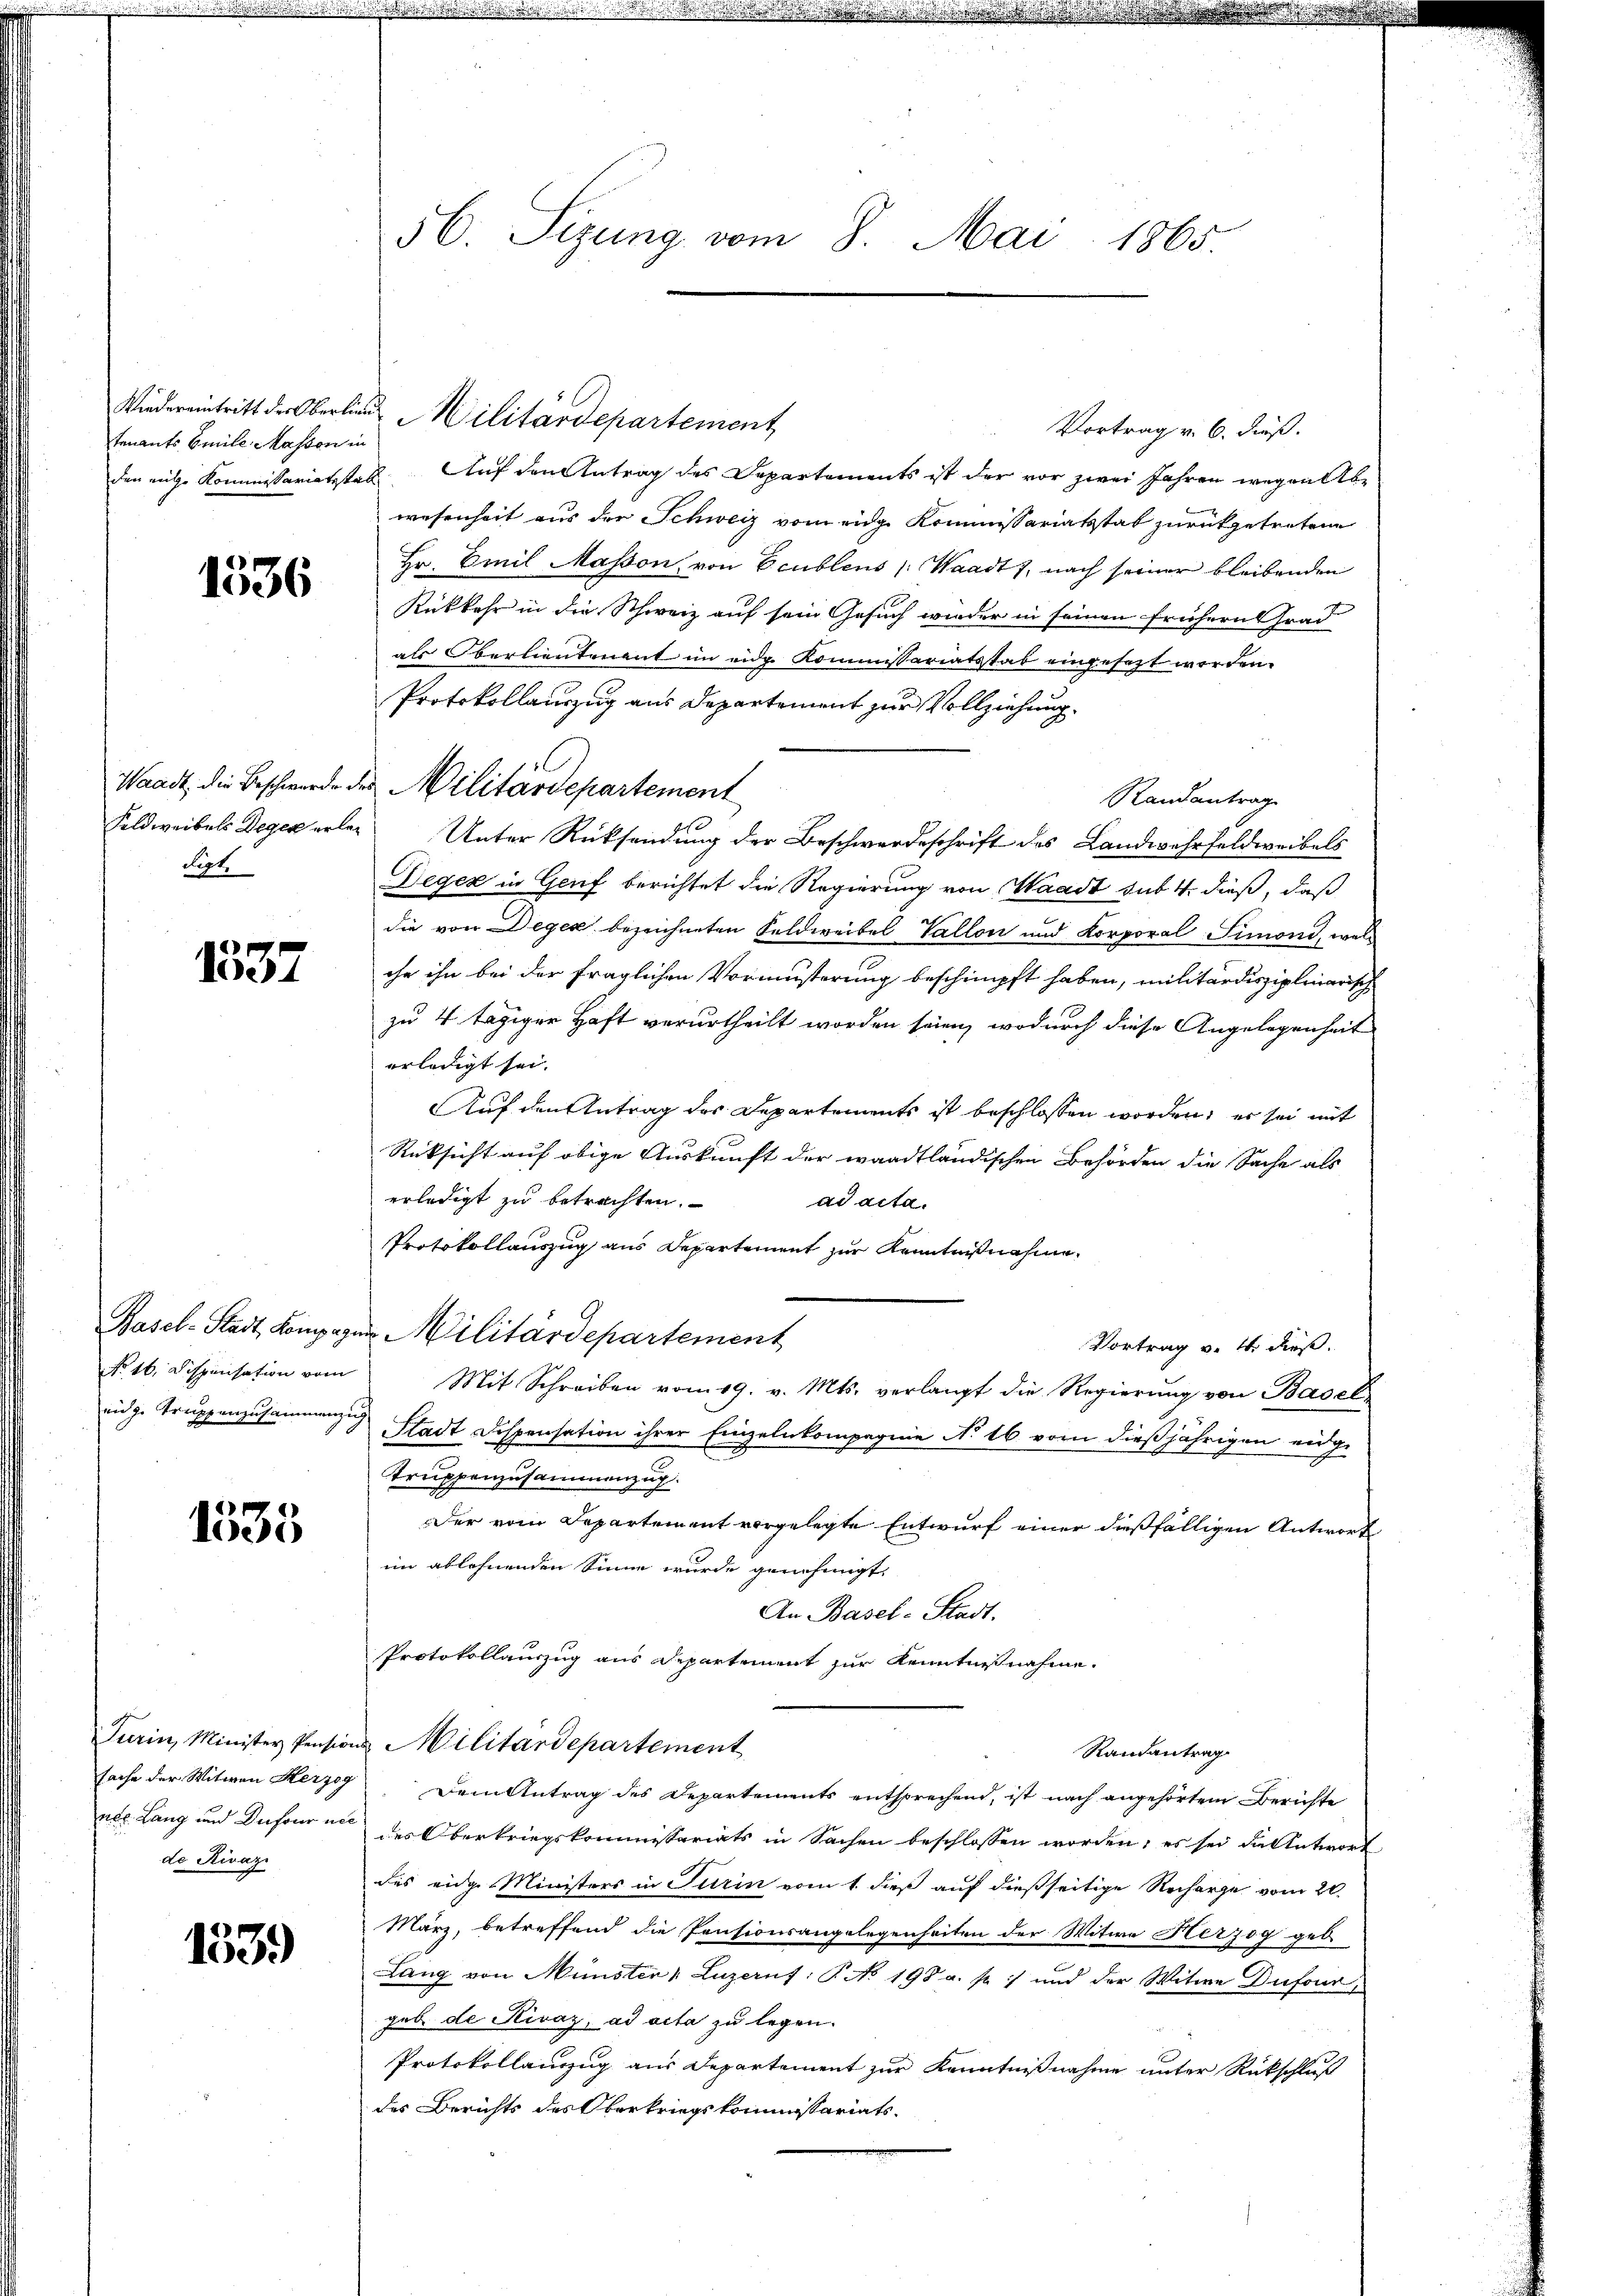
tenants Emile Massen in

1536

digt.

1537

No 16. Dispensation vom

1535

de Rivazi

1339)

den mite Kommissariatsstell Auf den Antrag des Departements ist der vor zwei Jahren wegen be
wesenheit aus der Schweiz vom eige Kommissariatsstab zurückgetretene
Hr. Emil Masson, von Ecublens (Waadt 7, nach seiner bleibenden
Rükkehr in die Schweiz auf sein Gesuch wieder in seinen frühern Grad
als Oberlieutenant im eidg. Kommissariatsstab eingesezt worden.
Protokollauszug aus Departement zur Vollziehung
Waadt, die Beschwerde des Militärdepartement
Randantrag
Feldweibels Degen erlei Unter Rücksendung der Beschwerdeschrift des Landwehrfeldweibels
Degen in Genf berichtet die Regierung von Waadt sub 4. dieß, daß
die von Degen bezeichneten Feldweibel Vallon und Korporal Simoni, welche ihn bei der fraglichen Vormusterung beschimpft haben, militärdisziplinarisch
zu 4 tägiger Haft verurtheilt worden seien, wodurch diese Angelegenheit
erledigt sei.
Auf den Antrag des Departements ist beschlossen worden, er sei mit
Rüksicht auf obige Auskunft der waadtländischen Behörden die Sache als
erledigt zu betrachten.
ad acta.
Protokollauszug aus Departement zur Kenntnißnahme
Basel-Stadt Kongegen Militärdepartement
Vortrag v. 4. dieß.
Mit Schreiben vom 19. v. Mts. verlangt die Regierung von Basel
eidg. Truppenzusammengung Stadt Dispensation ihrer Einzelnkompagnie No 16 vom dießjährigen eidge
Truppenzusammenzug
Der vom Departement vorgelegte Entwurf einer dießfälligen Antwort
im ablehnenden Sinne wurde genehmigt.
An Basel-Stadt.
Protokollauszug aus Departement zur Kenntnisnahme.
Turin, Minister Pensions Militärdepartement
Randantrag
sache der Witwen Herzog. Dem Antrag des Departements entsprechend, ist nach angehörtem Berichte
nec. Lang und Dufouren des Oberkriegskommissariats in Sachen beschlossen worden; es sei die Antwort
des eidge Ministers in Turin vom 1. dieß auf dießseitige Recharge vom 20.
März, betreffend die Pensionsangelegenheiten der Witwe Herzog geb
Lang von Münster " Luzernf: P. No 198 a. p. 1 und der Witwe Dufour
geb. de Rivaz, ad acta zu legen.
Protokollanzug aus Departement zur Kenntnißnahme unter Rückschluß
des Berichts des Oberkriegskommissariats-

56. Sizung vom 8. Mai 1865.

Wiedereintritt der Oberlin Militärdepartement

Vortrag v. 6. dieß.